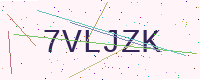
Text: 7VLJZK